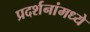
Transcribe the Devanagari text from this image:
प्रदर्शनांमध्ये